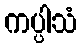
ကပ္ပါသံ